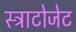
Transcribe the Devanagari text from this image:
स्ट्राटोजेट